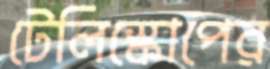
টেলিস্কোপের